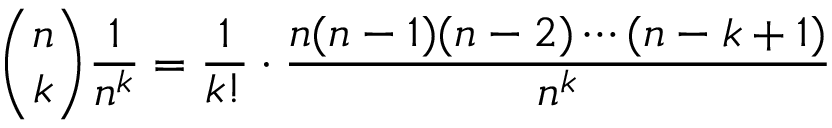
{ \binom { n } { k } } { \frac { 1 } { n ^ { k } } } = { \frac { 1 } { k ! } } \cdot { \frac { n ( n - 1 ) ( n - 2 ) \cdots ( n - k + 1 ) } { n ^ { k } } }